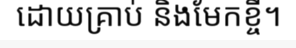
ដោយគ្រាប់ និងមែកខ្ចី។